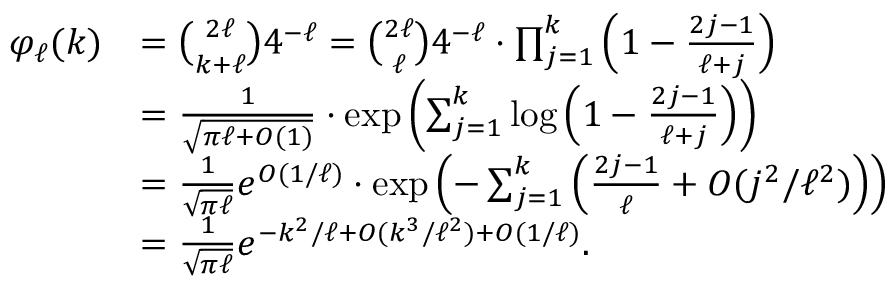
\begin{array} { r l } { \varphi _ { \ell } ( k ) } & { = \binom { 2 \ell } { k + \ell } 4 ^ { - \ell } = \binom { 2 \ell } { \ell } 4 ^ { - \ell } \cdot \prod _ { j = 1 } ^ { k } \Big ( 1 - \frac { 2 j - 1 } { \ell + j } \Big ) } \\ & { = \frac { 1 } { \sqrt { \pi \ell + O ( 1 ) } } \cdot \exp \left( \sum _ { j = 1 } ^ { k } \log \Big ( 1 - \frac { 2 j - 1 } { \ell + j } \Big ) \right) } \\ & { = \frac { 1 } { \sqrt { \pi \ell } } e ^ { O ( 1 / \ell ) } \cdot \exp \left( - \sum _ { j = 1 } ^ { k } \Big ( \frac { 2 j - 1 } { \ell } + O ( j ^ { 2 } / \ell ^ { 2 } ) \Big ) \right) } \\ & { = \frac { 1 } { \sqrt { \pi \ell } } e ^ { - k ^ { 2 } / \ell + O ( k ^ { 3 } / \ell ^ { 2 } ) + O ( 1 / \ell ) } . } \end{array}